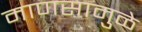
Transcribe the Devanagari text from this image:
माणसामुळे